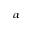
\alpha